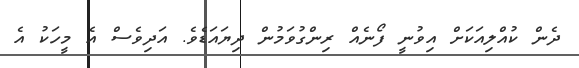
ދެން ކުއްލިއަކަށް އިވުނީ ފޯނެއް ރިންގުވަމުން ދިޔައަޑެވެ. އަދިވެސް އެ މީހަކު އެ